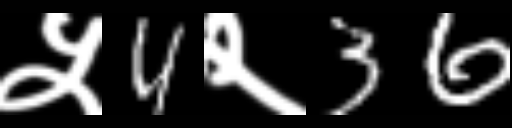
Text: ५4२36